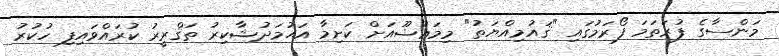
މަންސާގެ ފުރަތަމަ ފޯރަމުގައި "ޤައުމިއްޔަތު" މިމަޢުޟޫއަށް ކަށިމާ އަޙުމަދުޝާކިރު ތަޤްރީރު ކުރައްވައިފި ހުކުރު